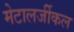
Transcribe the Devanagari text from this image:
मेटालर्जीकल